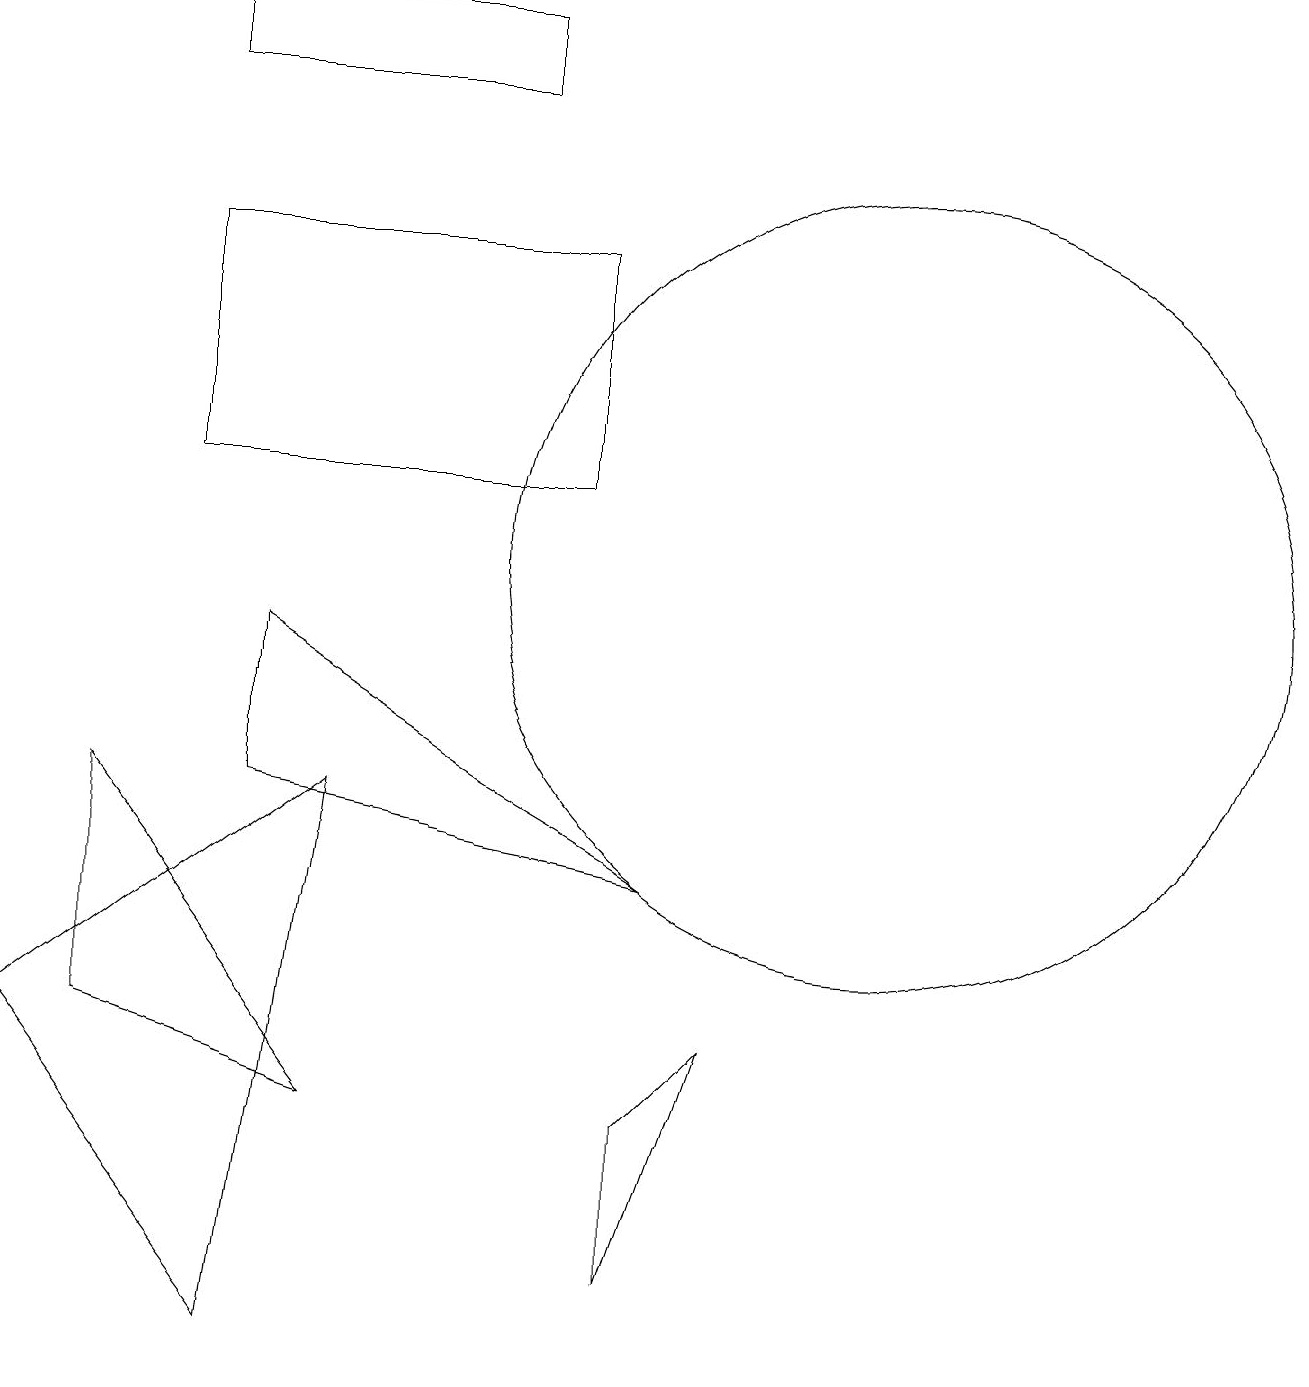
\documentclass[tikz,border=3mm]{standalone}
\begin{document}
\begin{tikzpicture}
\draw (7,14) rectangle (2,11);
\draw (11,10) circle (5);
\draw (8,3) -- (8,1) -- (9,4) -- cycle;
\draw (0,4) -- (3,0) -- (4,7) -- cycle;
\draw (3,7) -- (8,6) -- (3,9) -- cycle;
\draw (2,17) rectangle (6,16);
\draw (4,3) -- (1,4) -- (1,7) -- cycle;
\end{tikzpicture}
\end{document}